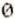
0